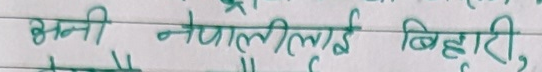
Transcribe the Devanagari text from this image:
अनि नेपालीलाई बिहारी,